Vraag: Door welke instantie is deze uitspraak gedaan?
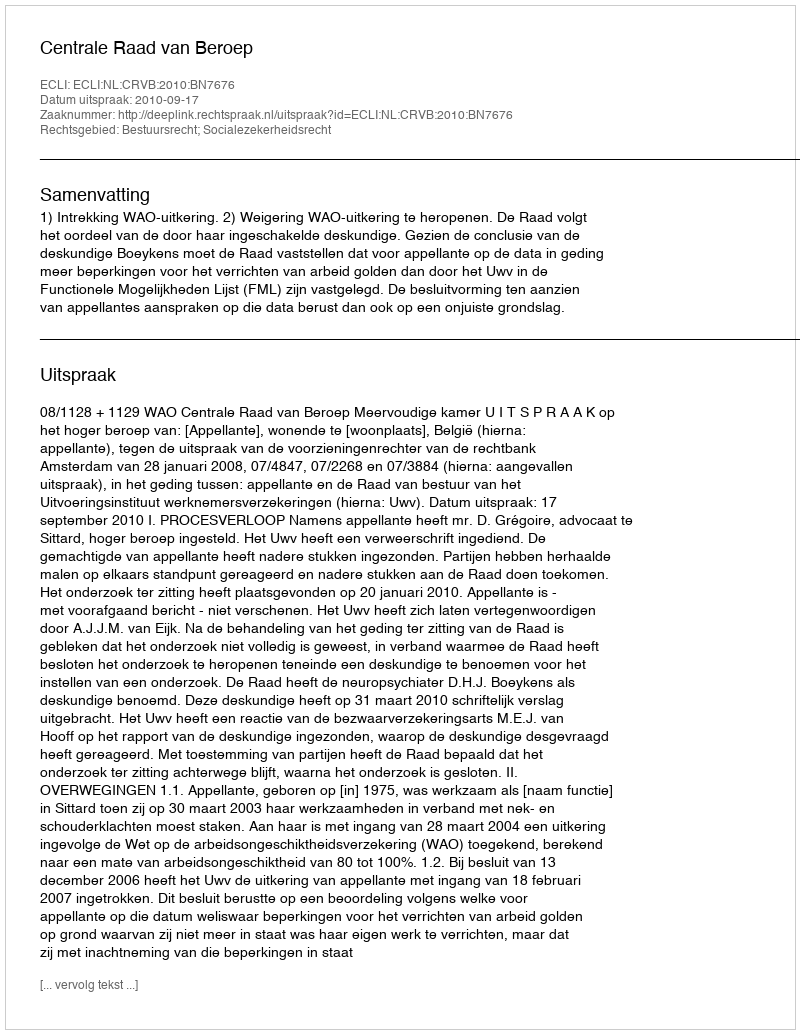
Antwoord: Centrale Raad van Beroep